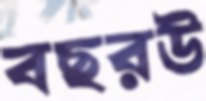
বছরউ